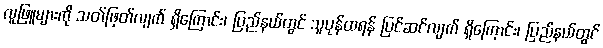
လူဖြူများကို သတ်ဖြတ်လျက် ရှိကြောင်း၊ ပြည်နယ်တွင် သူပုန်ထရန် ပြင်ဆင်လျက် ရှိကြောင်း၊ ပြည်နယ်တွင်